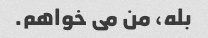
بله، من می خواهم.